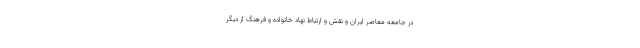
در جامعه معاصر ایران و نقش و ارتباط نهاد خانواده و فرهنگ از دیگر